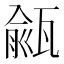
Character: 㼶